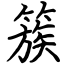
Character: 簇